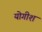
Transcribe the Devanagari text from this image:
योगीश